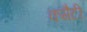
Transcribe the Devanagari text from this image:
कमैटी